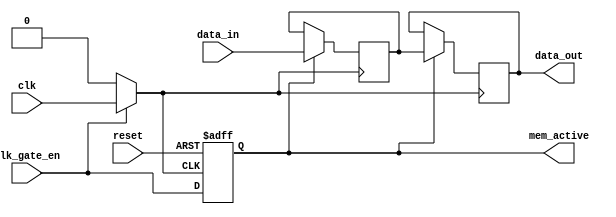
module memory_block_with_clock_gating(
    input wire clk,               // Original clock input
    input wire clk_gate_en,      // Clock gating enable signal
    input wire reset,            // Asynchronous reset for memory operations
    input wire [7:0] data_in,    // Data input
    output reg [7:0] data_out,    // Data output
    output reg mem_active         // Indicates if the memory is active
);

    // Internal clock signal post clock gating
    wire gated_clk;

    // Clock Gating Logic: Transmission gate for clock gating
    // Using assign statements to emulate transistor behavior
    assign gated_clk = (clk_gate_en) ? clk : 1'b0;

    // Memory register to store data
    reg [7:0] memory [0:255]; // Example memory array of 256 bytes

    // Active flag update based on gate enable
    always @(posedge gated_clk or posedge reset) begin
        if (reset) begin
            mem_active <= 1'b0; // Memory inactive on reset
        end else begin
            mem_active <= clk_gate_en; // Set active flag based on clock gating
        end
    end

    // Example Memory Write Operation
    always @(posedge gated_clk) begin
        if (mem_active) begin
            // Assume a simple write operation when active
            memory[0] <= data_in; // Write data to memory[0]
        end
    end

    // Example Memory Read Operation
    always @(posedge gated_clk) begin
        if (mem_active) begin
            data_out <= memory[0]; // Read data from memory[0]
        end
    end

endmodule